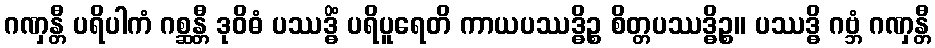
ဂဏှန္တီ ပရိပါကံ ဂစ္ဆန္တီ ဒုဝိဓံ ပဿဒ္ဓိံ ပရိပူရေတိ ကာယပဿဒ္ဓိဉ္စ စိတ္တပဿဒ္ဓိဉ္စ။ ပဿဒ္ဓိ ဂဗ္ဘံ ဂဏှန္တီ